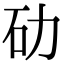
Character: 劯